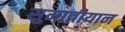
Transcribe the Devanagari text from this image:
सुमात्रीयान